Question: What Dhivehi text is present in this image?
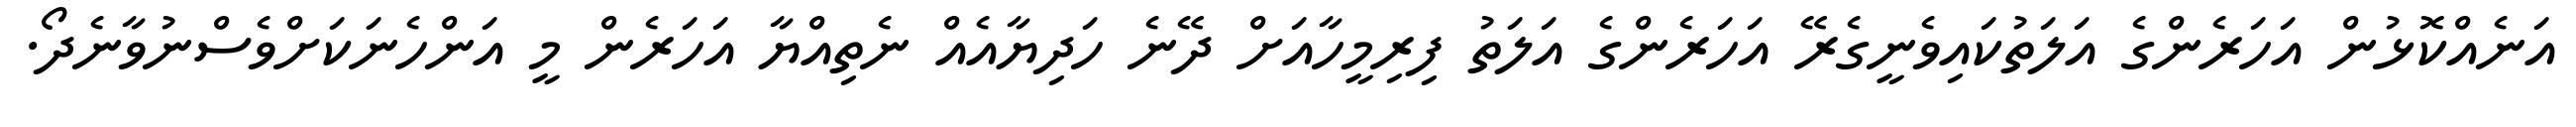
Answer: އަނެއްކޮޅުން އަހަރެންގެ އަލަތުކައިވެނީގެރޭ އަހަރެންގެ އަލަތު ފިރިމީހާއަށް ދޭނެ ހަދިޔާއެއް ނެތިއްޔާ އަހަރެން މީ އަންހެނަކަށްވެސްނުވާނެދޯ.